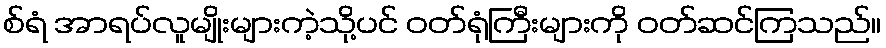
စ်ရံ အာရပ်လူမျိုးများကဲ့သို့ပင် ဝတ်ရုံကြီးများကို ဝတ်ဆင်ကြသည်။